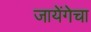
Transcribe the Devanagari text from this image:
जायेंगेचा